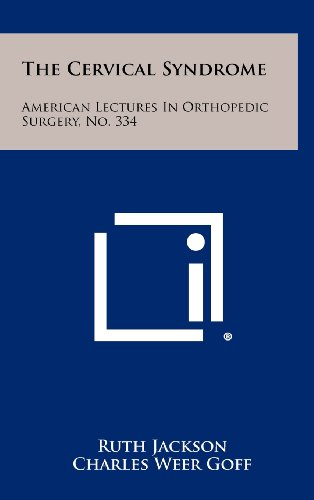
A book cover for The Cervical Syndrome: American Lectures In Orthopedic Surgery, No. 334; Ruth Jackson; Literature & Fiction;